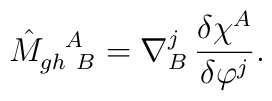
\hat {M}_{gh \ B}^{\ \ A} = \nabla^j_B \, \frac{\delta\chi^A}{\delta \varphi^j}.